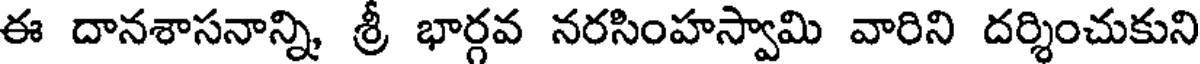
ఈ దానశాసనాన్ని శ్రీ భార్గవ నరసింహస్వామి వారిని దర్శించుకుని